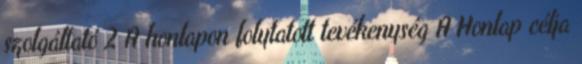
szolgáltató 2 A honlapon folytatott tevékenység A Honlap célja